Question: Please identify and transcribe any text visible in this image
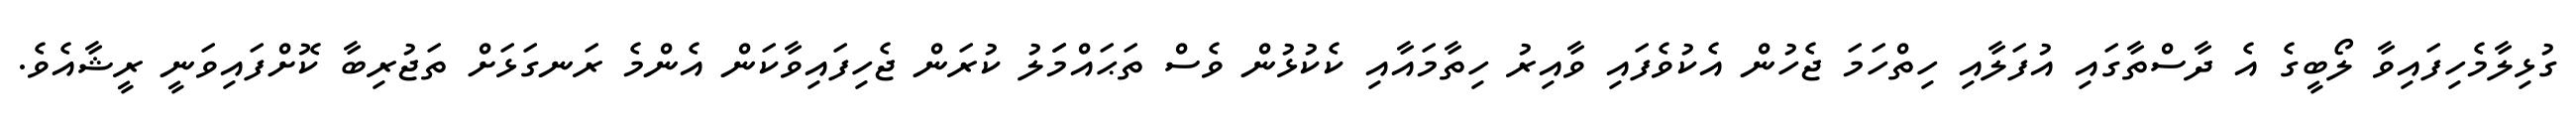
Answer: ގުޅިލާމެހިފައިވާ ލޯބީގެ އެ ދާސްތާގައި އުފަލާއި ހިތްހަމަ ޖެހުން އެކުވެފައި ވާއިރު ހިތާމައާއި ކެކުޅުން ވެސް ތަޙައްމަަލު ކުރަން ޖެހިފައިވާކަން އެންމެ ރަނގަޅަށް ތަޖުރިބާ ކޮށްފައިވަނީ ރީޝާއެވެ.